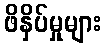
ဖိနှိပ်မှုများ